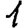
Digit: 1